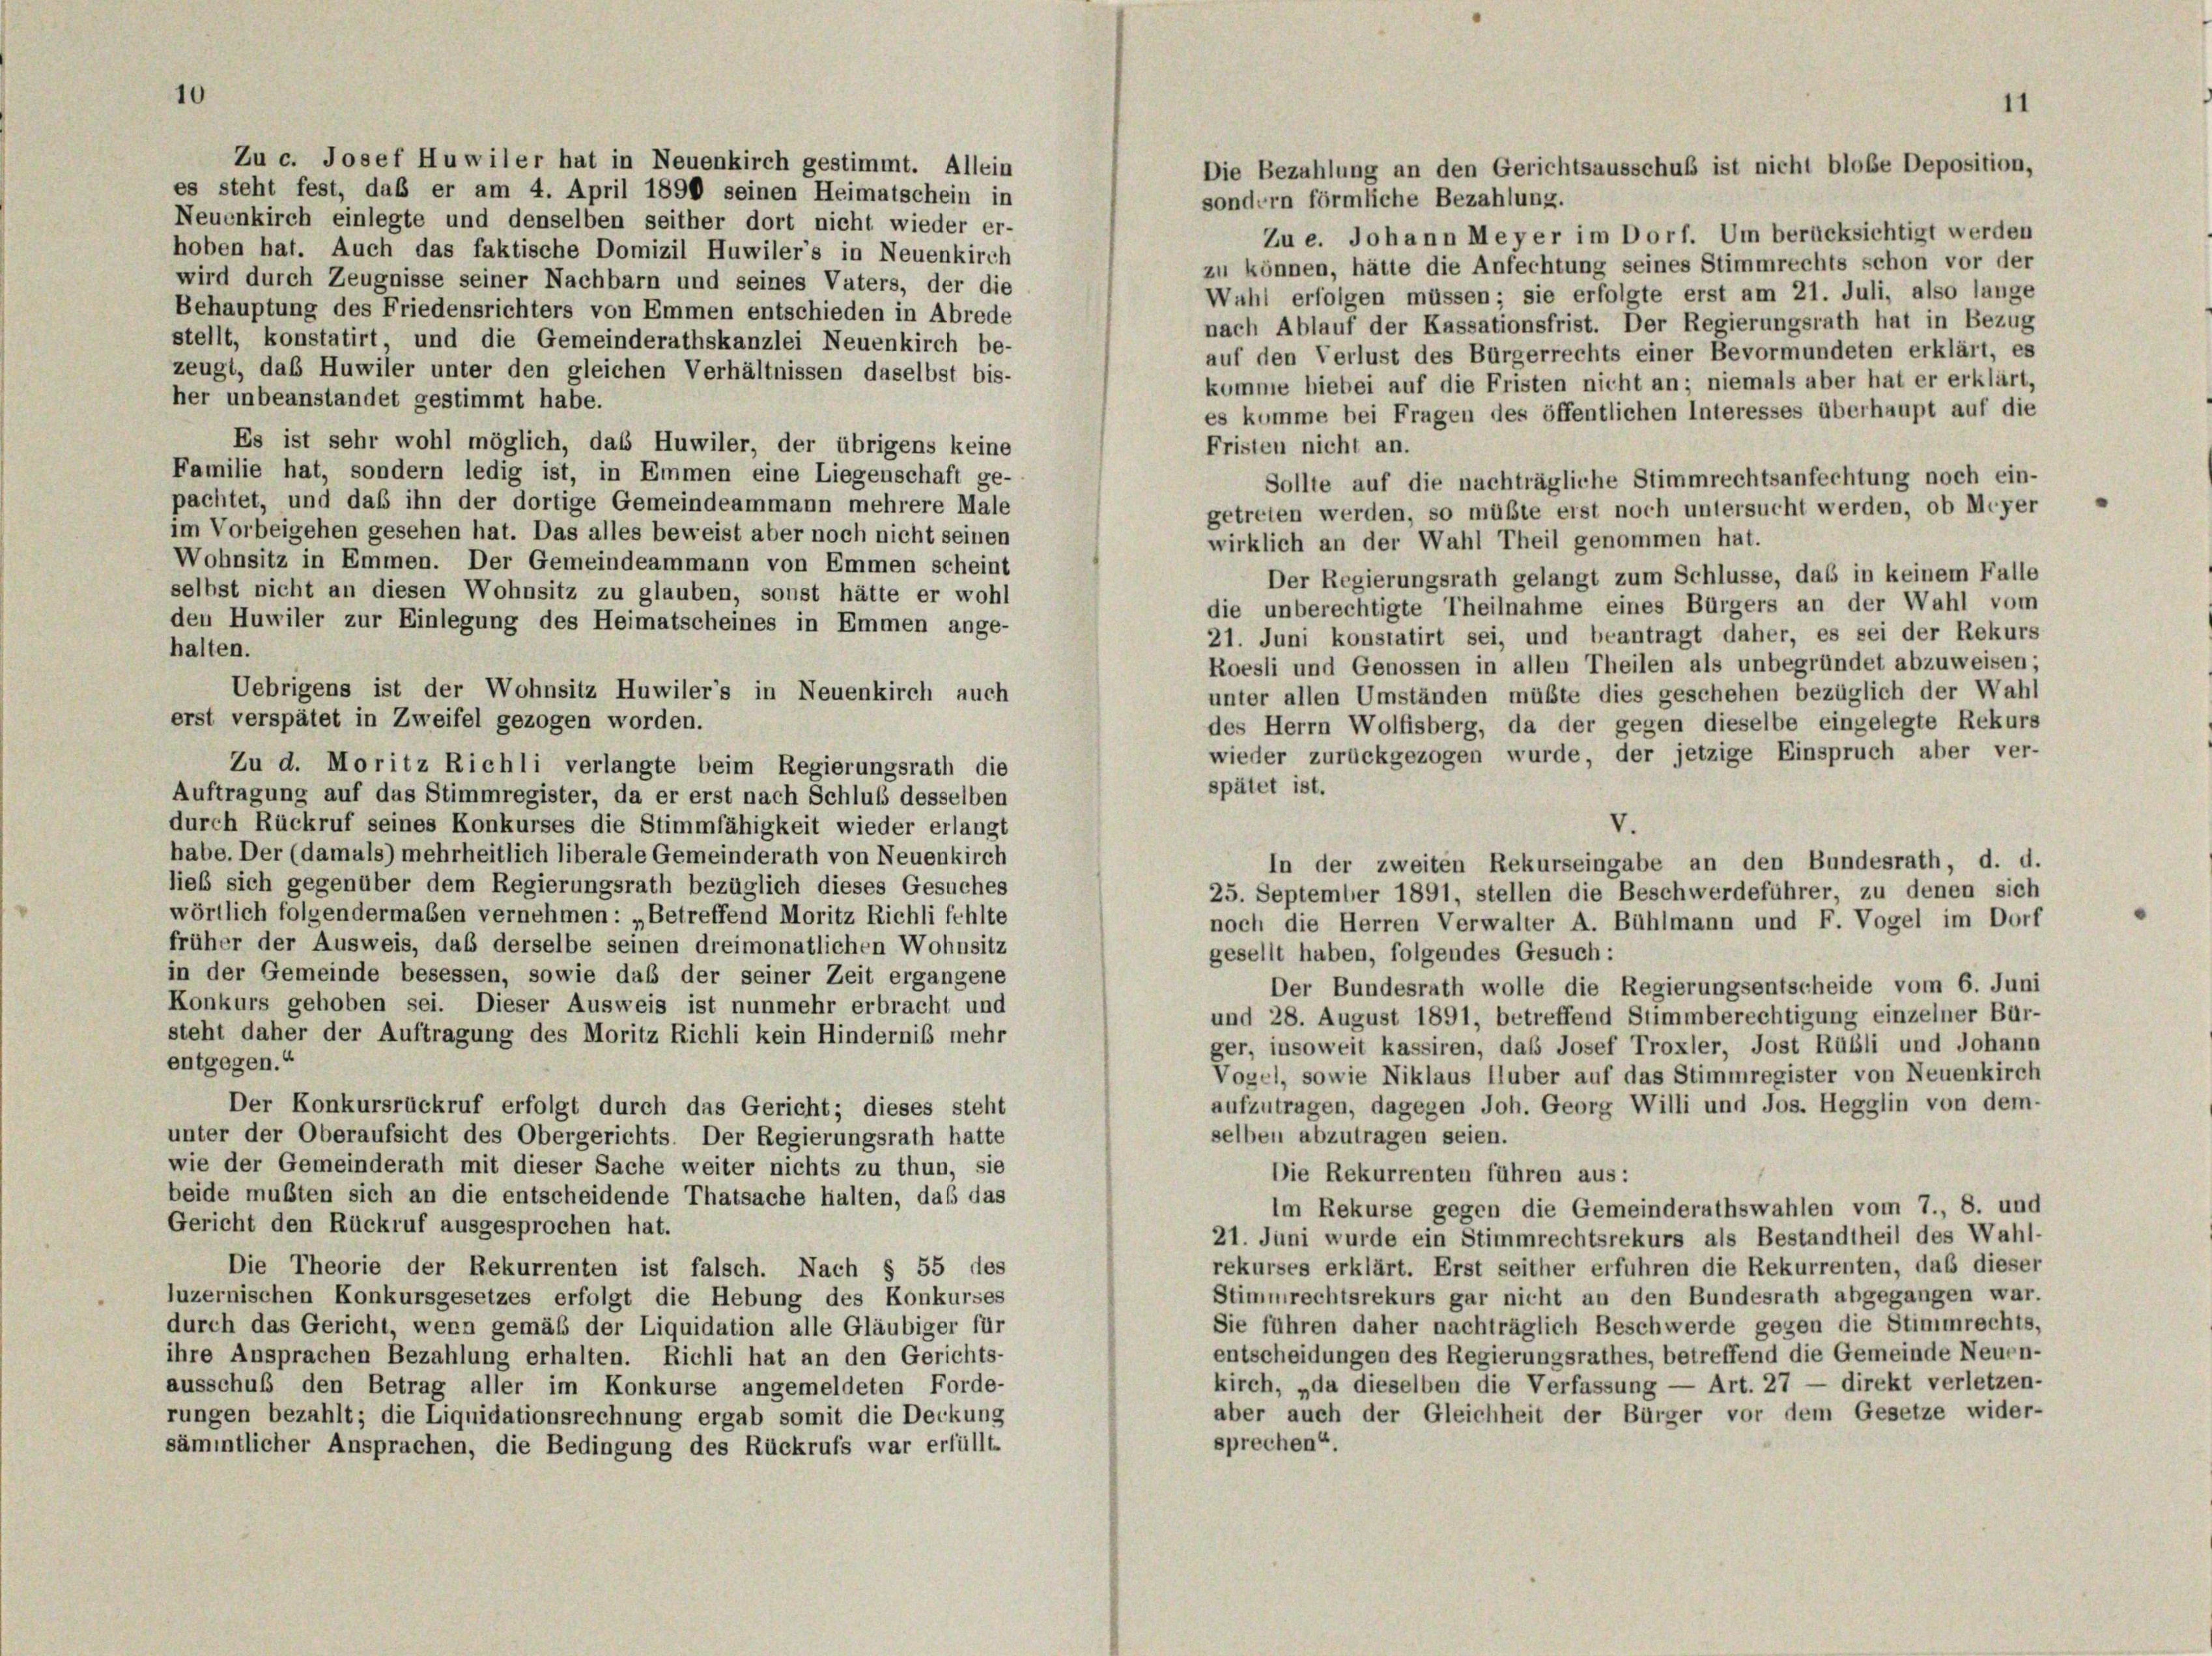
10

es steht fest, daß er am 4. April 1890 seinen Heimatschein in
sondern förmliche Bezahlung.
Neuenkirch einlegte und denselben seither dort nicht wieder er-
Zu e. Johann Meyer im Dorf. Um berücksichtigt werden
hoben hat. Auch das faktische Domizil Huwiler’s in Neuenkirch
zu können, hätte die Anfechtung seines Stimmrechts schon vor der
wird durch Zeugnisse seiner Nachbarn und seines Vaters, der die
Wahl erfolgen müssen; sie erfolgte erst am 21. Juli, also lange
Behauptung des Friedensrichters von Emmen entschieden in Abrede
nach Ablauf der Kassationsfrist. Der Regierungsrath hat in Bezug
stellt, konstatirt, und die Gemeinderathskanzlei Neuenkirch be-
auf den Verlust des Bürgerrechts einer Bevormundeten erklärt, es
zeugt, daß Huwiler unter den gleichen Verhältnissen daselbst bis-
komme hiebei auf die Fristen nicht an; niemals aber hat er erklärt,
her unbeanstandet gestimmt habe.
es komme bei Fragen des öffentlichen Interesses überhaupt auf die
Es ist sehr wohl möglich, das Huwiler, der übrigens keine
Fristen nicht an.
Familie hat, sondern ledig ist, in Emmen eine Liegenschaft ge-
Sollte auf die nachträgliche Stimmrechtsanfechtung noch ein-
pachtet, und daß ihn der dortige Gemeindeammann mehrere Male
getreten werden, so müßte erst noch untersucht werden, ob Meyer
im Vorbeigehen gesehen hat. Das alles beweist aber noch nicht seinen
wirklich an der Wahl Theil genommen hat.
Wohnsitz in Emmen. Der Gemeindeammann von Emmen scheint
Der Regierungsrath gelangt zum Schlüsse, das in keinem Falle
selbst nicht an diesen Wohnsitz zu glauben, sonst hätte er wohl
die unberechtigte Theilnahme eines Bürgers an der Wahl vom
den Huwiler zur Einlegung des Heimatscheines in Emmen ange-
21. Juni konstatirt sei, und beantragt daher, es sei der Rekurs
halten.
Roesli und Genossen in allen Theilen als unbegründet abzuweisen;
Uebrigens ist der Wohnsitz Huwiler’s in Neuenkirch auch
unter allen Umständen müßte dies geschehen bezüglich der Wahl
erst verspätet in Zweifel gezogen worden.
des Herrn Wolfisberg, da der gegen dieselbe eingelegte Rekurs
wieder zurückgezogen wurde, der jetzige Einspruch aber ver-
Zu d. Moritz Richli verlangte beim Regierungsrath die
spätet ist.
Auftragung auf das Stimmregister, da er erst nach Schluß desselben
durch Rückruf seines Konkurses die Stimmfähigkeit wieder erlangt
V.
habe. Der (damals) mehrheitlich liberale Gemeinderath von Neuenkirch
In der zweiten Rekurseingabe an den Bundesrath, d. d.
ließ sich gegenüber dem Regierungsrath bezüglich dieses Gesuches
25. September 1891, stellen die Beschwerdeführer, zu denen sich
wörtlich folgendermaben vernehmen: „Betreffend Moritz Richli fehlte
noch die Herren Verwalter A. Bühlmann und F. Vogel im Dorf
früher der Ausweis, daß derselbe seinen dreimonatlichen Wohnsitz
gesellt haben, folgendes Gesuch:
in der Gemeinde besessen, sowie das der seiner Zeit ergangene
Der Bundesrath wolle die Regierungsentscheide vom 6. Juni
Konkurs gehoben sei. Dieser Ausweis ist nunmehr erbracht und
und 28. August 1891, betreffend Stimmberechtigung einzelner Bür-
steht daher der Auftragung des Moritz Richli kein Hindernis mehr
ger, insoweit kassiren, das Josef Troxler, Jost Rübli und Johann
entgegen.“
Vogel, sowie Niklaus Iluber auf das Stimmregister von Neuenkirch
aufzutragen, dagegen Joh. Georg Willi und Jos. Hegglin von dem-
Der Konkursrückruf erfolgt durch das Gericht; dieses steht
selben abzutragen seien.
unter der Oberaufsicht des Obergerichts. Der Regierungsrath hatte
wie der Gemeinderath mit dieser Sache weiter nichts zu thun, sie
Die Rekurrenten führen aus:
beide mußten sich an die entscheidende Thatsache halten, daß das
Im Rekurse gegen die Gemeinderathswahlen vom 7., 8. und
Gericht den Rückruf ausgesprochen hat.
21. Juni wurde ein Stimmrechtsrekurs als Bestandtheil des Wahl-
rekurses erklärt. Erst seither erfuhren die Rekurrenten, daß dieser
Die Theorie der Rekurrenten ist falsch. Nach § 55 des
Stimmrechtsrekurs gar nicht an den Bundesrath abgegangen war.
luzernischen Konkursgesetzes erfolgt die Hebung des Konkurses
Sie führen daher nachträglich Beschwerde gegen die Stimmrechts,
durch das Gericht, wenn gemäß der Liquidation alle Gläubiger für
entscheidungen des Regierungsrathes, betreffend die Gemeinde Neuen-
ihre Ansprachen Bezahlung erhalten. Richli hat an den Gerichts-
kirch, „da dieselben die Verfassung — Art. 27 — direkt verletzen-
ausschuß den Betrag aller im Konkurse angemeldeten Forde-
aber auch der Gleichheit der Bürger vor dem Gesetze wider-
rungen bezahlt; die Liquidationsrechnung ergab somit die Deckung
sprechen“.
sämmtlicher Ansprachen, die Bedingung des Rückrufs war erfüllte

Zu c. Josef Huwiler hat in Neuenkirch gestimmt. Allein

Die Bezahlung an den Gerichtsausschub ist nicht bloße Deposition,